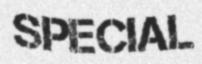
SPECIAL